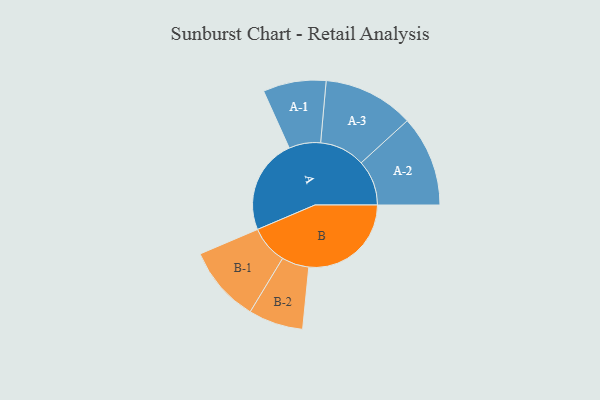
{"axis": {"x": "Segment", "y": "Value"}, "legend": ["", "A", "B"], "data": [{"x": "A", "y": 410, "type": ""}, {"x": "B", "y": 442, "type": ""}, {"x": "A-1", "y": 136, "type": "A"}, {"x": "A-2", "y": 196, "type": "A"}, {"x": "A-3", "y": 196, "type": "A"}, {"x": "B-1", "y": 165, "type": "B"}, {"x": "B-2", "y": 118, "type": "B"}]}